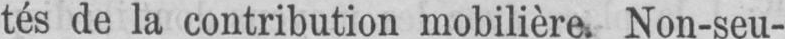
tés de la contribution mobilière. Non-seu-